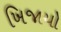
ખિજાયો